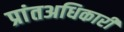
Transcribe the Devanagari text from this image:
प्रांतअधिकारी